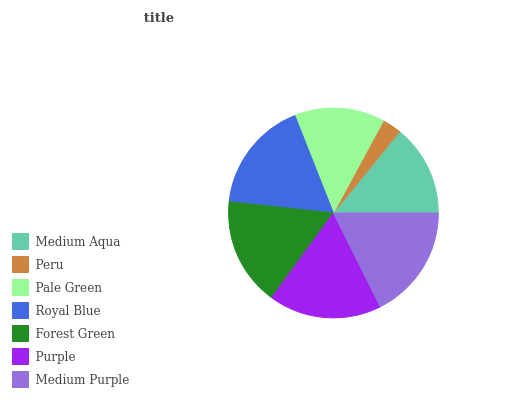
| Medium Aqua | Peru | Pale Green | Royal Blue | Forest Green | Purple | Medium Purple |
 | --- | --- | --- | --- | --- | --- | --- |
 | 14.1% | 2.96% | 13.9% | 17.3% | 16.7% | 17.3% | 17.7% |